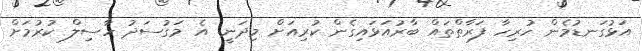
އަޅުގަނޑުމެން ހުރިހާ ފަރާތްތައް ބާރުއަޅައިގެން ކުރިއަށް މިދަނީ. އެ މަގުސަދު ހާސިލް ކުރުމަށް